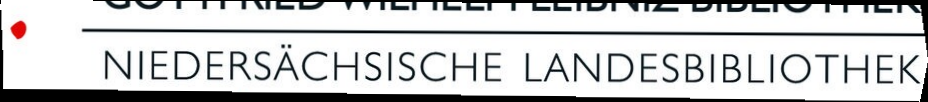
NIEDERSÄCHSISCHE LANDESBIBLIOTHEK